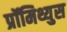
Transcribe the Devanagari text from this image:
प्रॉमिथ्युस